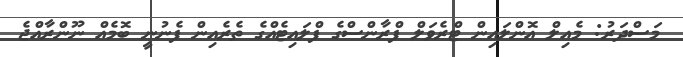
މަސްދަރު: މެއިލް އޮންލައިން ޓްރެވަލް ފްރާންސްގެ ފްލައިޓެއްގެ ތެރެއިން ފެނުނީ ބޮމެއް ނޫންރާއްޖެ